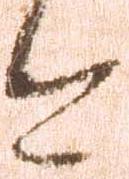
今